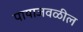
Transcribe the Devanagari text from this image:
पायाजवळील